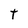
Character: t